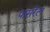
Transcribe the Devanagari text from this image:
पासरेल